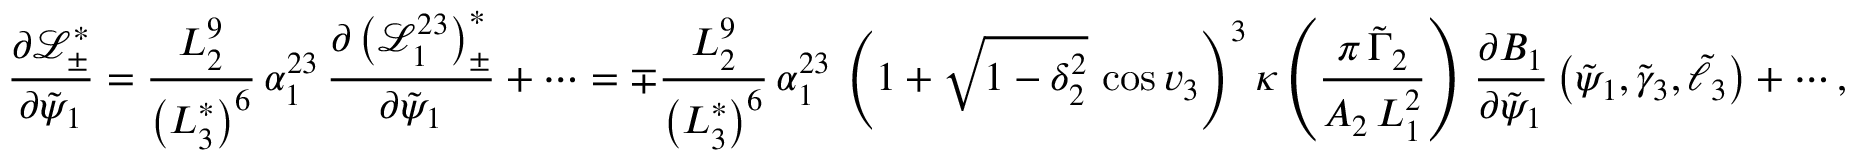
\frac { \partial \mathcal { L } _ { \pm } ^ { * } } { \partial \tilde { \psi } _ { 1 } } = \frac { L _ { 2 } ^ { 9 } } { \left( L _ { 3 } ^ { * } \right) ^ { 6 } } \, \alpha _ { 1 } ^ { 2 3 } \, \frac { \partial \left( \mathcal { L } _ { 1 } ^ { 2 3 } \right) _ { \pm } ^ { * } } { \partial \tilde { \psi } _ { 1 } } + \cdots = \mp \frac { L _ { 2 } ^ { 9 } } { \left( L _ { 3 } ^ { * } \right) ^ { 6 } } \, \alpha _ { 1 } ^ { 2 3 } \, \left( 1 + \sqrt { 1 - \delta _ { 2 } ^ { 2 } } \, \cos v _ { 3 } \right) ^ { 3 } \kappa \left( \frac { \pi \, \tilde { \Gamma } _ { 2 } } { A _ { 2 } \, L _ { 1 } ^ { 2 } } \right) \, \frac { \partial B _ { 1 } } { \partial \tilde { \psi } _ { 1 } } \left( \tilde { \psi } _ { 1 } , \tilde { \gamma } _ { 3 } , \tilde { \ell } _ { 3 } \right) + \cdots ,